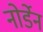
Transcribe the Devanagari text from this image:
नोर्डेन